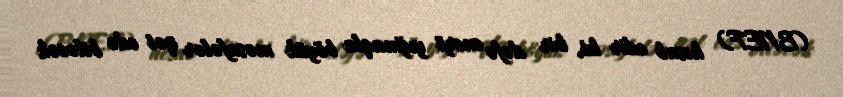
(BNEF) hesab edir ki, bir dəfə enerji yığmaqla böyük məsafələr qət edə biləcək